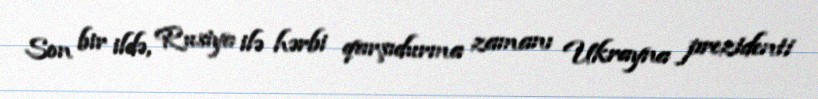
Son bir ildə, Rusiya ilə hərbi qarşıdurma zamanı Ukrayna prezidenti